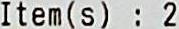
ITEM(S) : 2